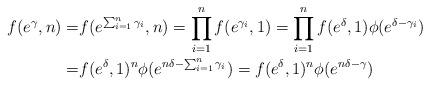
LaTeX: \begin{align*}f(e^{\gamma},n)= & f(e^{\sum_{i=1}^{n}\gamma_{i}},n)=\prod_{i=1}^{n}f(e^{\gamma_{i}},1)=\prod_{i=1}^{n}f(e^{\delta},1)\phi(e^{\delta-\gamma_{i}})\\= & f(e^{\delta},1)^{n}\phi(e^{n\delta-\sum_{i=1}^{n}\gamma_{i}})=f(e^{\delta},1)^{n}\phi(e^{n\delta-\gamma})\end{align*}